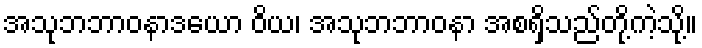
အသုဘဘာဝနာဒယော ဝိယ၊ အသုဘဘာဝနာ အစရှိသည်တို့ကဲ့သို့။